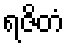
ရဇိတံ